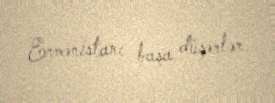
Ermənistanı başa düşərlər.